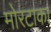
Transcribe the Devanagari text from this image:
मोरटाका